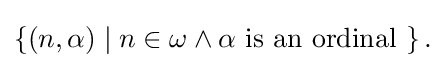
{\textstyle \{(n,\alpha )\mid n\in \omega \land \alpha {\text{ is an ordinal }}\}\,.}